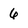
Character: 6